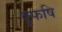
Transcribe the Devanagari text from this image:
वृफषि